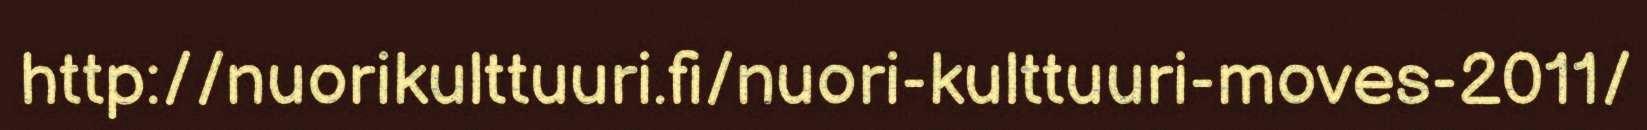
http://nuorikulttuuri.fi/nuori-kulttuuri-moves-2011/